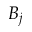
B _ { j }